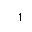
Letter: _alif